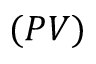
( P V )